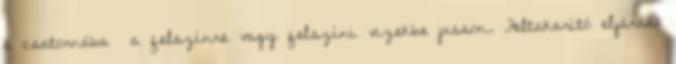
a csatornába a felszínre vagy felszíni vizekbe jusson. Feltakarító eljárás: